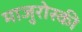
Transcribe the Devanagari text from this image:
माजुरोस्की